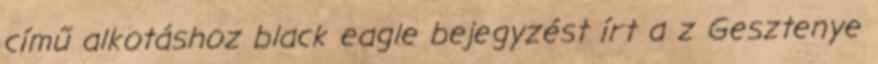
című alkotáshoz black eagle bejegyzést írt a z Gesztenye